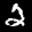
Label: 2